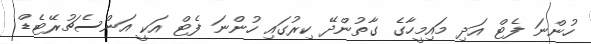
ހުންނަ ފެޓް އަދި މައިމީހާގެ ގާތުންދޭ ކިރުގައި ހުންނަ ފެޓް އަކީ އަންސެޗުރޭޓެޑް